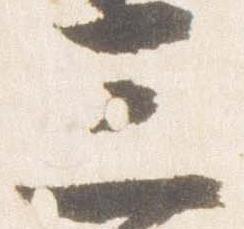
三